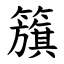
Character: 籏